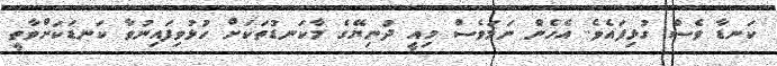
ކަނޑާ ވެސް ގުޅިފައެވެ. އެހެން ނަމަވެސް މިއީ ދުނިޔޭގެ މާކަނޑުތަކަށް ހުޅުވިފައިނުވާ ކަނޑަކަށްވާތީ